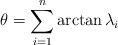
LaTeX: \begin{align*}\theta=\sum_{i=1}^{n}\arctan\lambda_{i} \end{align*}